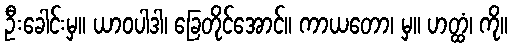
ဦးခေါင်းမှ။ ယာဝပါဒါ၊ ခြေတိုင်အောင်။ ကာယတော၊ မှ။ ဟတ္ထံ၊ ကို။